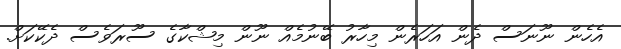
އެހެން ނޫނަސް ދެން އަހަރެން މިހާރު ބޭނުމެއް ނޫން މިޝްކާގެ ސޫރަވެސް ދެކޭކަށް.